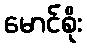
မောင်စိုး